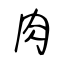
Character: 肉